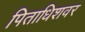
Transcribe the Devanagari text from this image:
पिताधिशवर